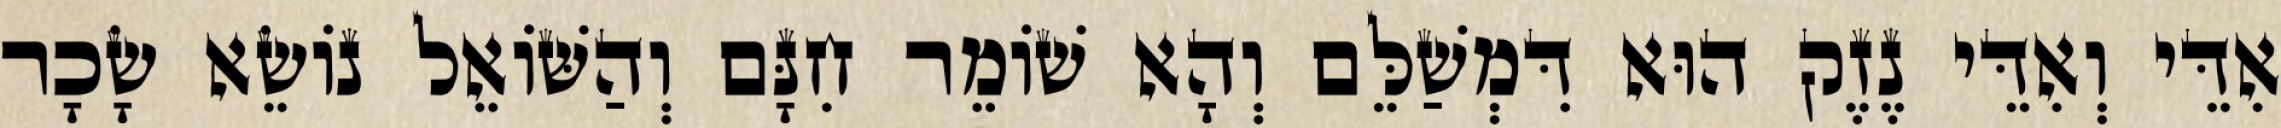
אִדֵּי וְאִדֵּי נֶזֶק הוּא דִּמְשַׁלֵּם וְהָא שׁוֹמֵר חִנָּם וְהַשּׁוֹאֵל נוֹשֵׂא שָׂכָר